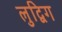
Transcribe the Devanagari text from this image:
लुद्विग